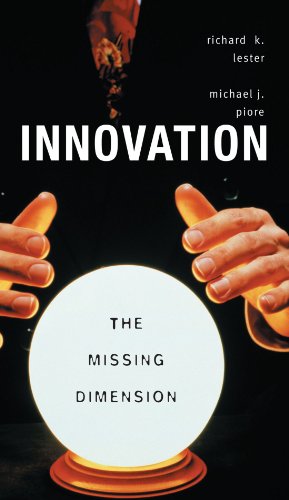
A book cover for Innovation--The Missing Dimension; Richard K. Lester; Business & Money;